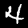
Digit: 4